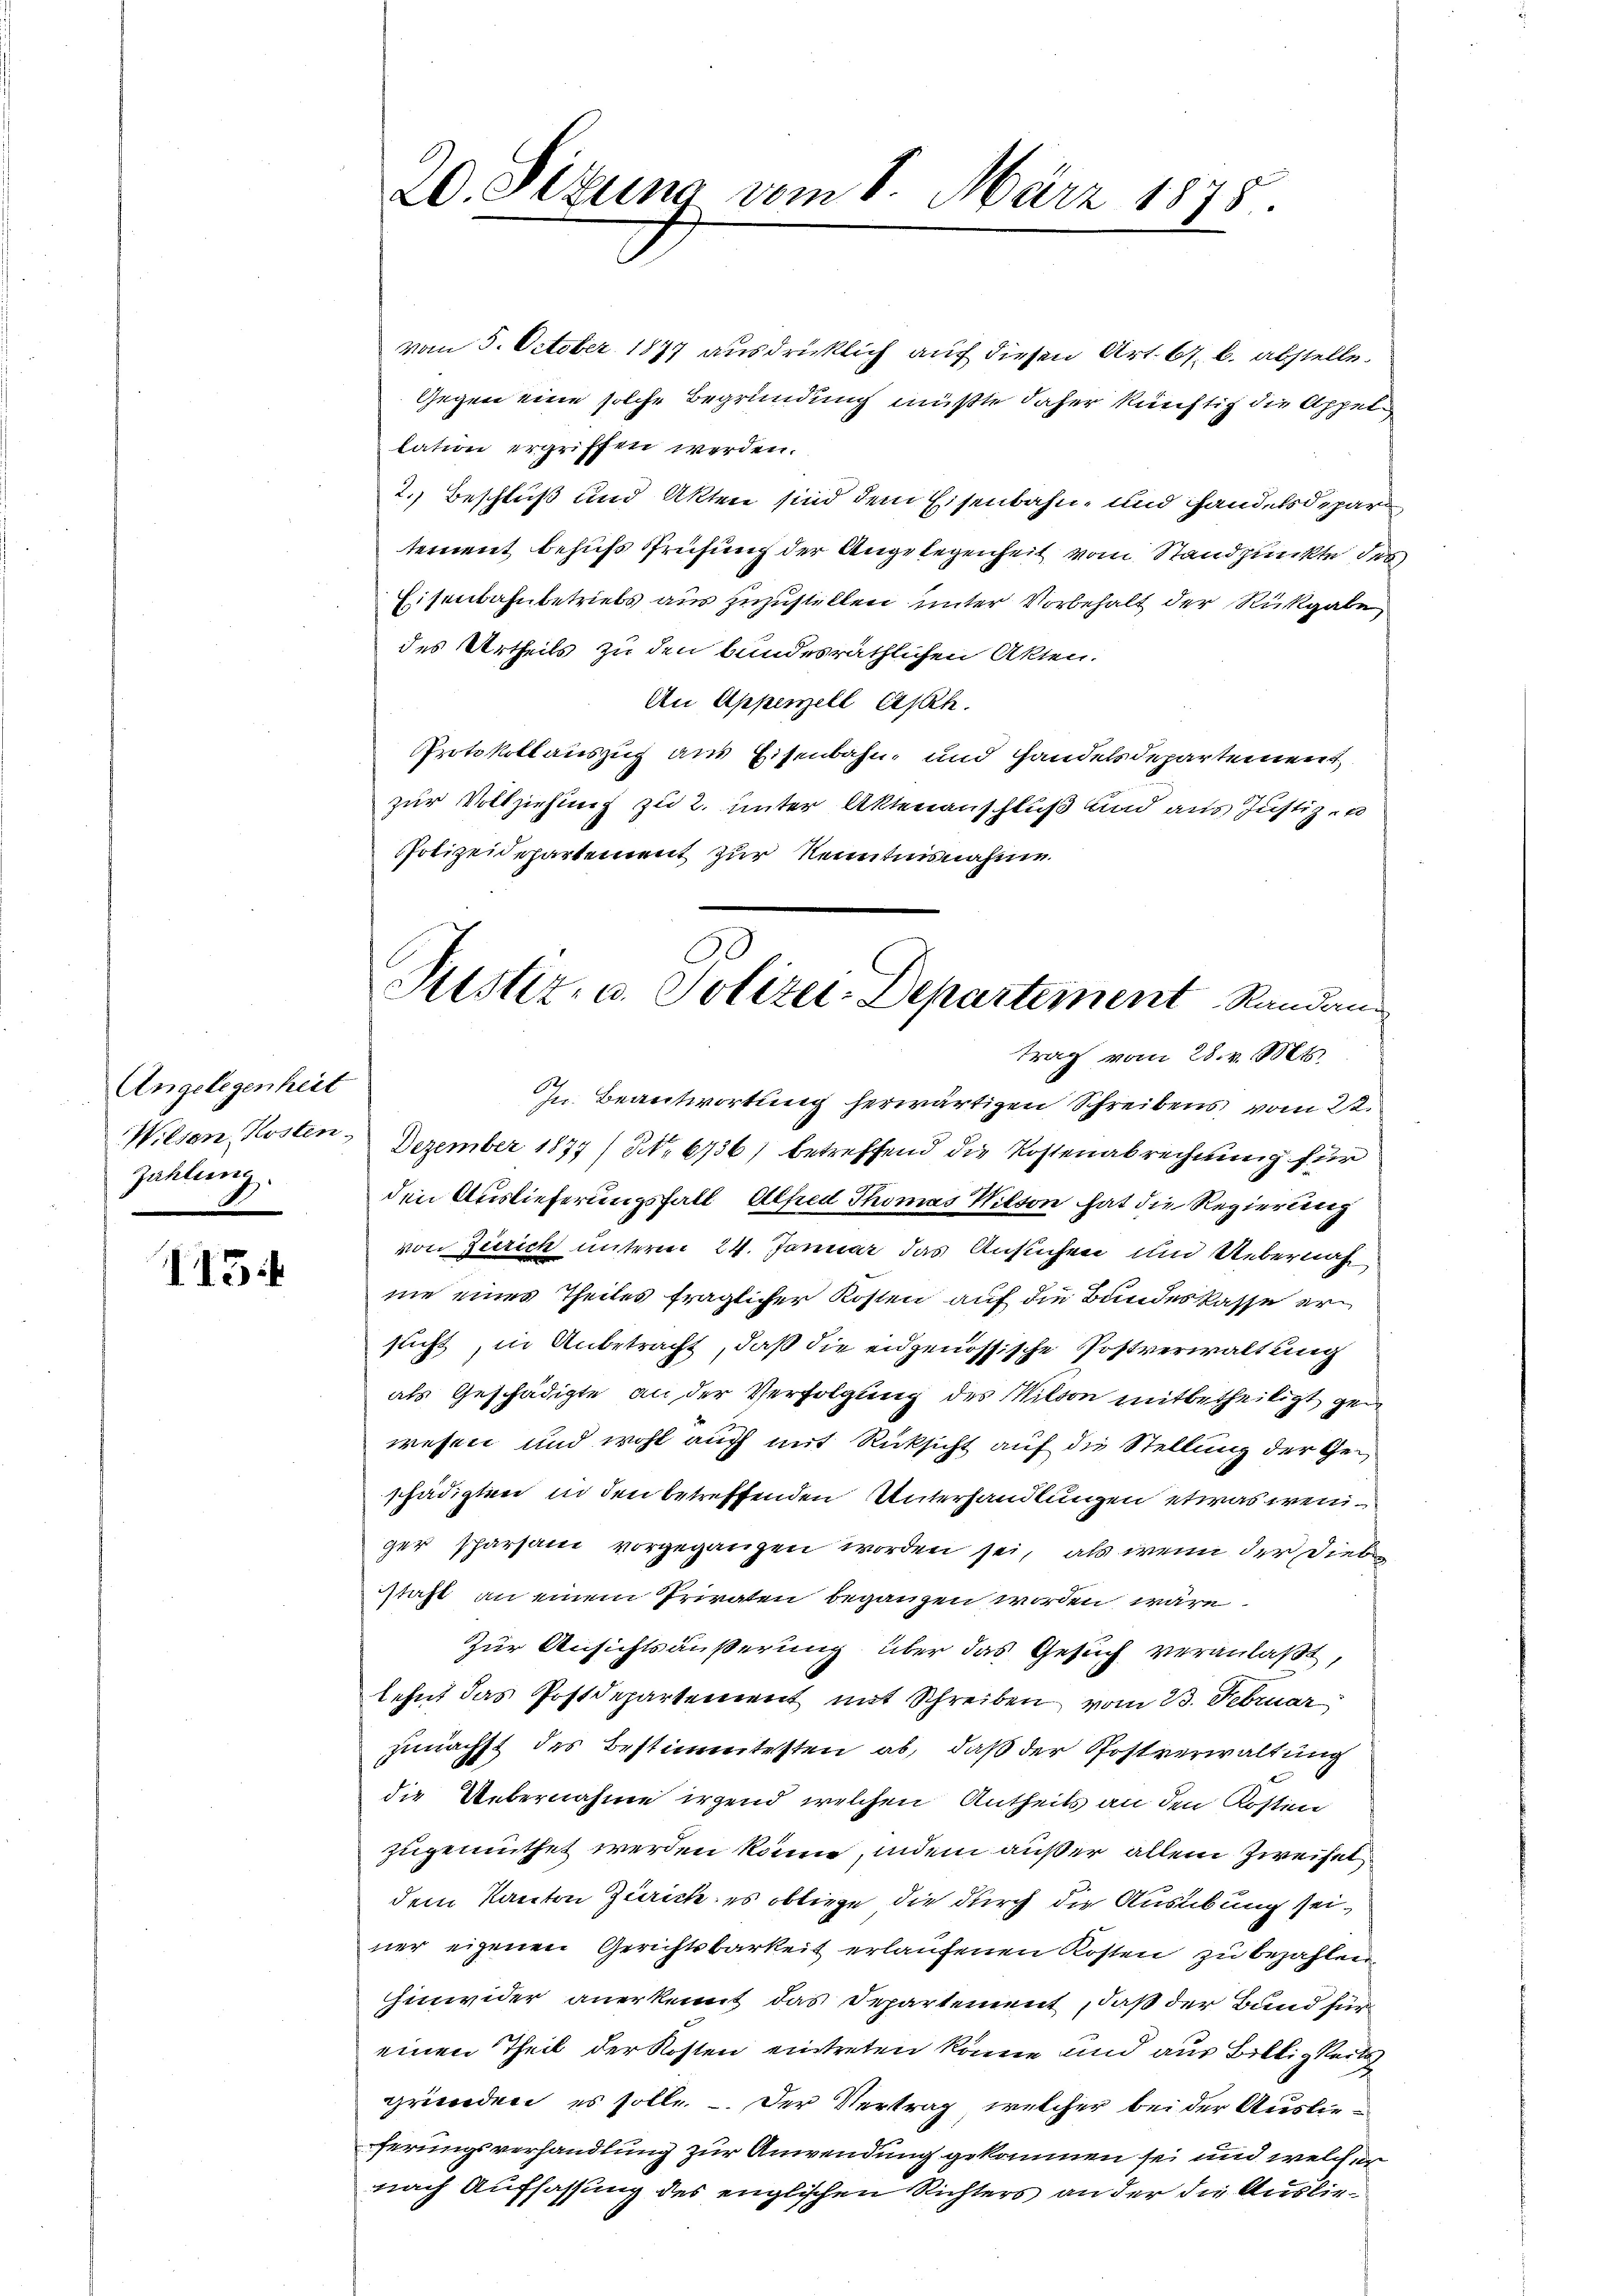
Angelegenheit
Zahlung.

15

vom 5. October 1877 ausdrücklich auf diesen Art. 67 b. abstelle.
Gegen eine solche Begründung müßte daher künftig die Appel
lation ergriffen werden.
2. Beschluß und Akten sind dem Eisenbahn- und handelsdepar
tement behufs Prüfung der Angelegenheit vom Standpunkte des
Eisenbahnbetriebs aus zuzustellen unter Vorbehalt der Rückgabe
des Urtheils zu den bundesräthlichen Akten.
An Appenzell Asph
Protokollauszug aus Eisenbahn- und Handelsdepartement,
zur Vollziehung zu 2. unter Aktenanschluß und aus Justiz- u
PPolizeidepartement zur Kenntnisnahme

20. Sitzung vom 8. März 1878.

Pustiz- u. Polizei-Departement Randantrag vom 28. v. Mts.

In Beantwortung herwärtigen Schreibens vom 22.
Wilsen, Kosten. Dezember 1877 / NNo. 6736) betreffend die Kostenabrechnung für
den Auslieferungsfall, Alfred Thomas Wilson hat die Regierung
von Zürich unterm 24. Januar das Ansuchen und Uebernah
nie eines Theiles fraglicher Kosten auf die Bundeskasse er
sucht, in Anbetracht, daß die eidgenössische Postverwaltung
als Geschädigte an der Verfolgung des Mition mitbetheiligt gewesen und wohl auch mit Rücksicht auf die Stellung der Geschädigten in den betreffenden Unterhandlungen etwas weniger sparsam vorgegangen worden sei, als wenn der Dieben
staft an einem Privaten begangen worden wäre.
Zur Ansichtsäußerung über das Gesuch veranlaßt,
lehnt das Postdepartement mit Schreiben vom 23. Februar
zunächst des Bestimmtesten ab, daß der Postverwaltung
die Uebernahme irgend welchen Antheils an den Kosten
zugemuthet werden könn, indem außer allein Zweifel
dem Kanton Zürich, es obliege, die durch die Ausübung seiner eigenen Gerichtsbarkeit erlaufenen Kosten zu bezahlen.
hinwider anerkennt das Departement, daß der Bund für
einen Theil der Kosten eintreten könne und aus Billigkeits
gründen, es solle.  Der Vertrag, welcher bei der Auslieferungsverhandlung zur Anwendung gekommen sei und welche er
nach Auffassung des englischen Richters an der die Auslie¬